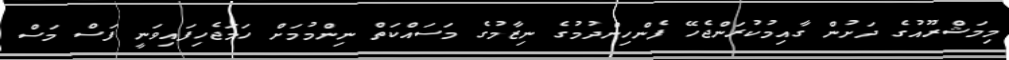
މިމަޝްރޫއުގެ ދަށުން ގާއިމުކުރަންޖެހޭ ފެންހިންދުމުގެ ނިޒާމުގެ މަސައްކަތް ނިންމުމަށް ހަމަޖެހިފައިވަނީ ފަސް މަސް